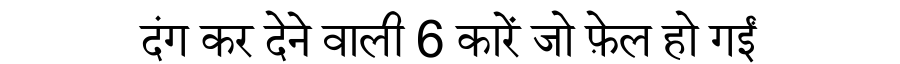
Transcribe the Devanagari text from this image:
दंग कर देने वाली 6 कारें जो फ़ेल हो गईं